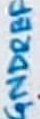
Text: GNDREF